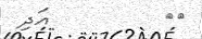
١١         އަދި